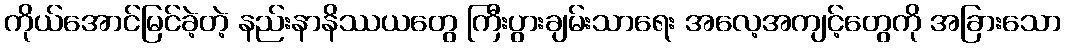
ကိုယ်အောင်မြင်ခဲ့တဲ့ နည်းနာနိဿယတွေ ကြီးပွားချမ်းသာရေး အလေ့အကျင့်တွေကို အခြားသော